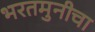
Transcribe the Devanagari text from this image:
भरतमुनीचा